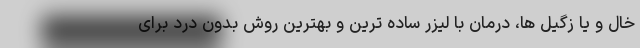
خال و یا زگیل ها، درمان با لیزر ساده ترین و بهترین روش بدون درد برای